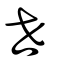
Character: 丗